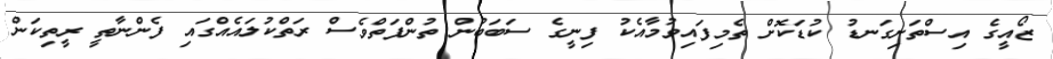
ޒޯއީގެ އިސްތަށިގަނޑު ކުޑަކޮށް ތެމިފައިވުމާއެކު ފިނީގެ ސަބަބުން ތުންފަތްވެސް ރަތްކުލައެއްގައި ފެންނާތީ ރީތިކަން